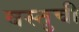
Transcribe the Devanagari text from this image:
वस्तुची